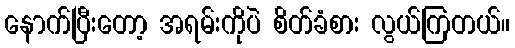
နောက်ပြီးတော့ အရမ်းကိုပဲ စိတ်ခံစား လွယ်ကြတယ်။